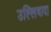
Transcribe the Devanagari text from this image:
उल्लिवादा